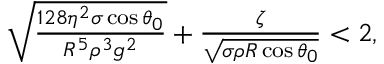
\begin{array} { r } { \sqrt { \frac { 1 2 8 \eta ^ { 2 } \sigma \cos \theta _ { 0 } } { R ^ { 5 } \rho ^ { 3 } g ^ { 2 } } } + \frac { \zeta } { \sqrt { \sigma \rho R \cos \theta _ { 0 } } } < 2 , } \end{array}